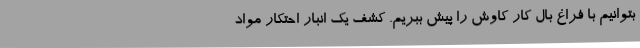
بتوانیم با فراغ بال کار کاوش را پیش ببریم. کشف یک انبار احتکار مواد